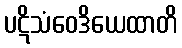
ပဋိသံဝေဒိယေထာတိ